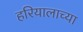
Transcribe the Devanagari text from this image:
हरियालाच्या